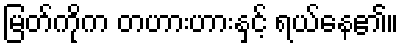
မြတ်ကိုက တဟားဟားနှင့် ရယ်နေ၏။